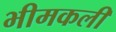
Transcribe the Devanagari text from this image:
भीमकली